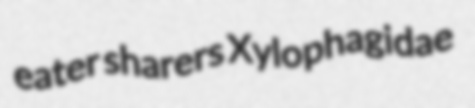
eater sharers Xylophagidae